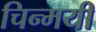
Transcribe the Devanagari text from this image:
चिन्मयी